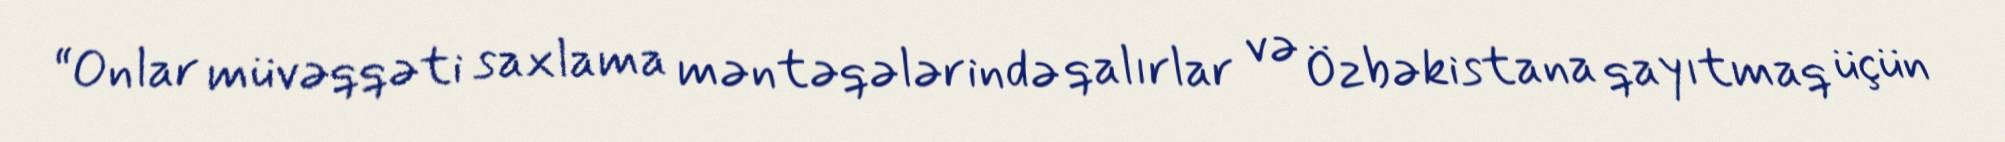
“Onlar müvəqqəti saxlama məntəqələrində qalırlar və Özbəkistana qayıtmaq üçün